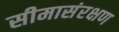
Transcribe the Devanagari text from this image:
सीमासंरक्षण